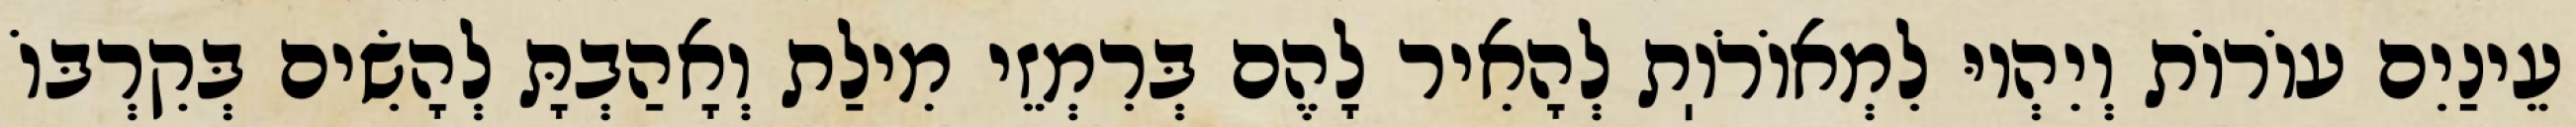
עֵינַיִם עוֹרוֹת וְיִהְיוּ לִמְאוֹרֹוֽת לְהָאִיר לָהֶם בְּרִמְזֵי מִילַת וְאָהַבְתָּ לְהָשִׂים בְּקִרְבּוֹ